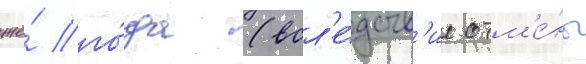
же́ го́да (всл'е́дств'ие отм'е́ны